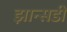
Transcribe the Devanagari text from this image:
झान्सडी